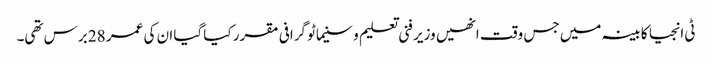
ٹی انجیا کابینہ میں جس وقت انھیں وزیر فنی تعلیم و سنیماٹو گرافی مقرر کیا گیا ان کی عمر 28 برس تھی۔